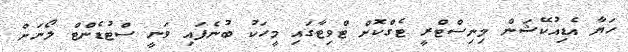
ހަޔާ އެޑިއުކޭޝަން މިނިސްޓްރީ ޓެގްކޮށް ޓްވިޓާގައި މީހަކު ބުނެފައި ވަނީ ސްޓުޑެންޓް ލޯނަށް